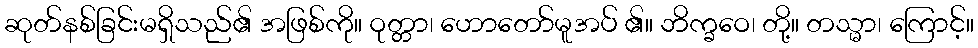
ဆုတ်နစ်ခြင်းမရှိသည်၏ အဖြစ်ကို။ ဝုတ္တာ၊ ဟောတော်မူအပ် ၏။ ဘိက္ခဝေ၊ တို့။ တသ္မာ၊ ကြောင့်။